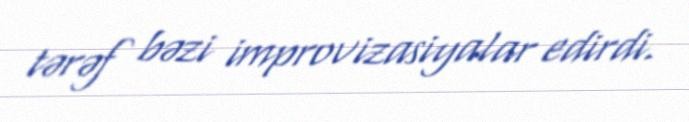
tərəf bəzi improvizasiyalar edirdi.